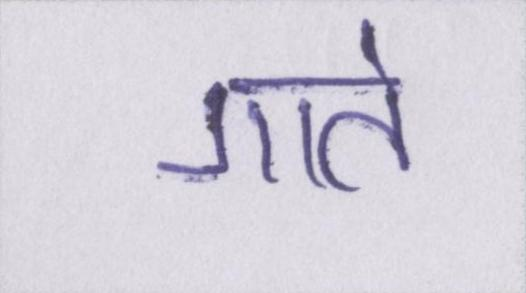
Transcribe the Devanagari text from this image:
गाते